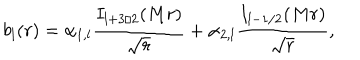
LaTeX: b _ { l } ( r ) = \alpha _ { 1 , l } { \frac { I _ { l + 3 / 2 } ( M r ) } { \sqrt { r } } } + \alpha _ { 2 , l } { \frac { I _ { l - 1 / 2 } ( M r ) } { \sqrt { r } } } ,